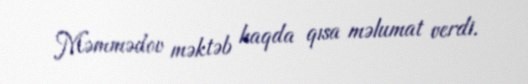
Məmmədov məktəb haqda qısa məlumat verdi.